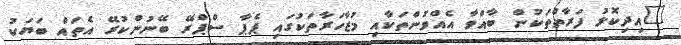
"އިދިކޮޅު ފަރާތްތަކުން ބާއްވާ އެއްވުންތަކާއި މުޒާހަރާތަކުގައި ޕެޕާ ސްޕްރޭ ބޭނުންކުރޭ އެތައް ބަޔަކު